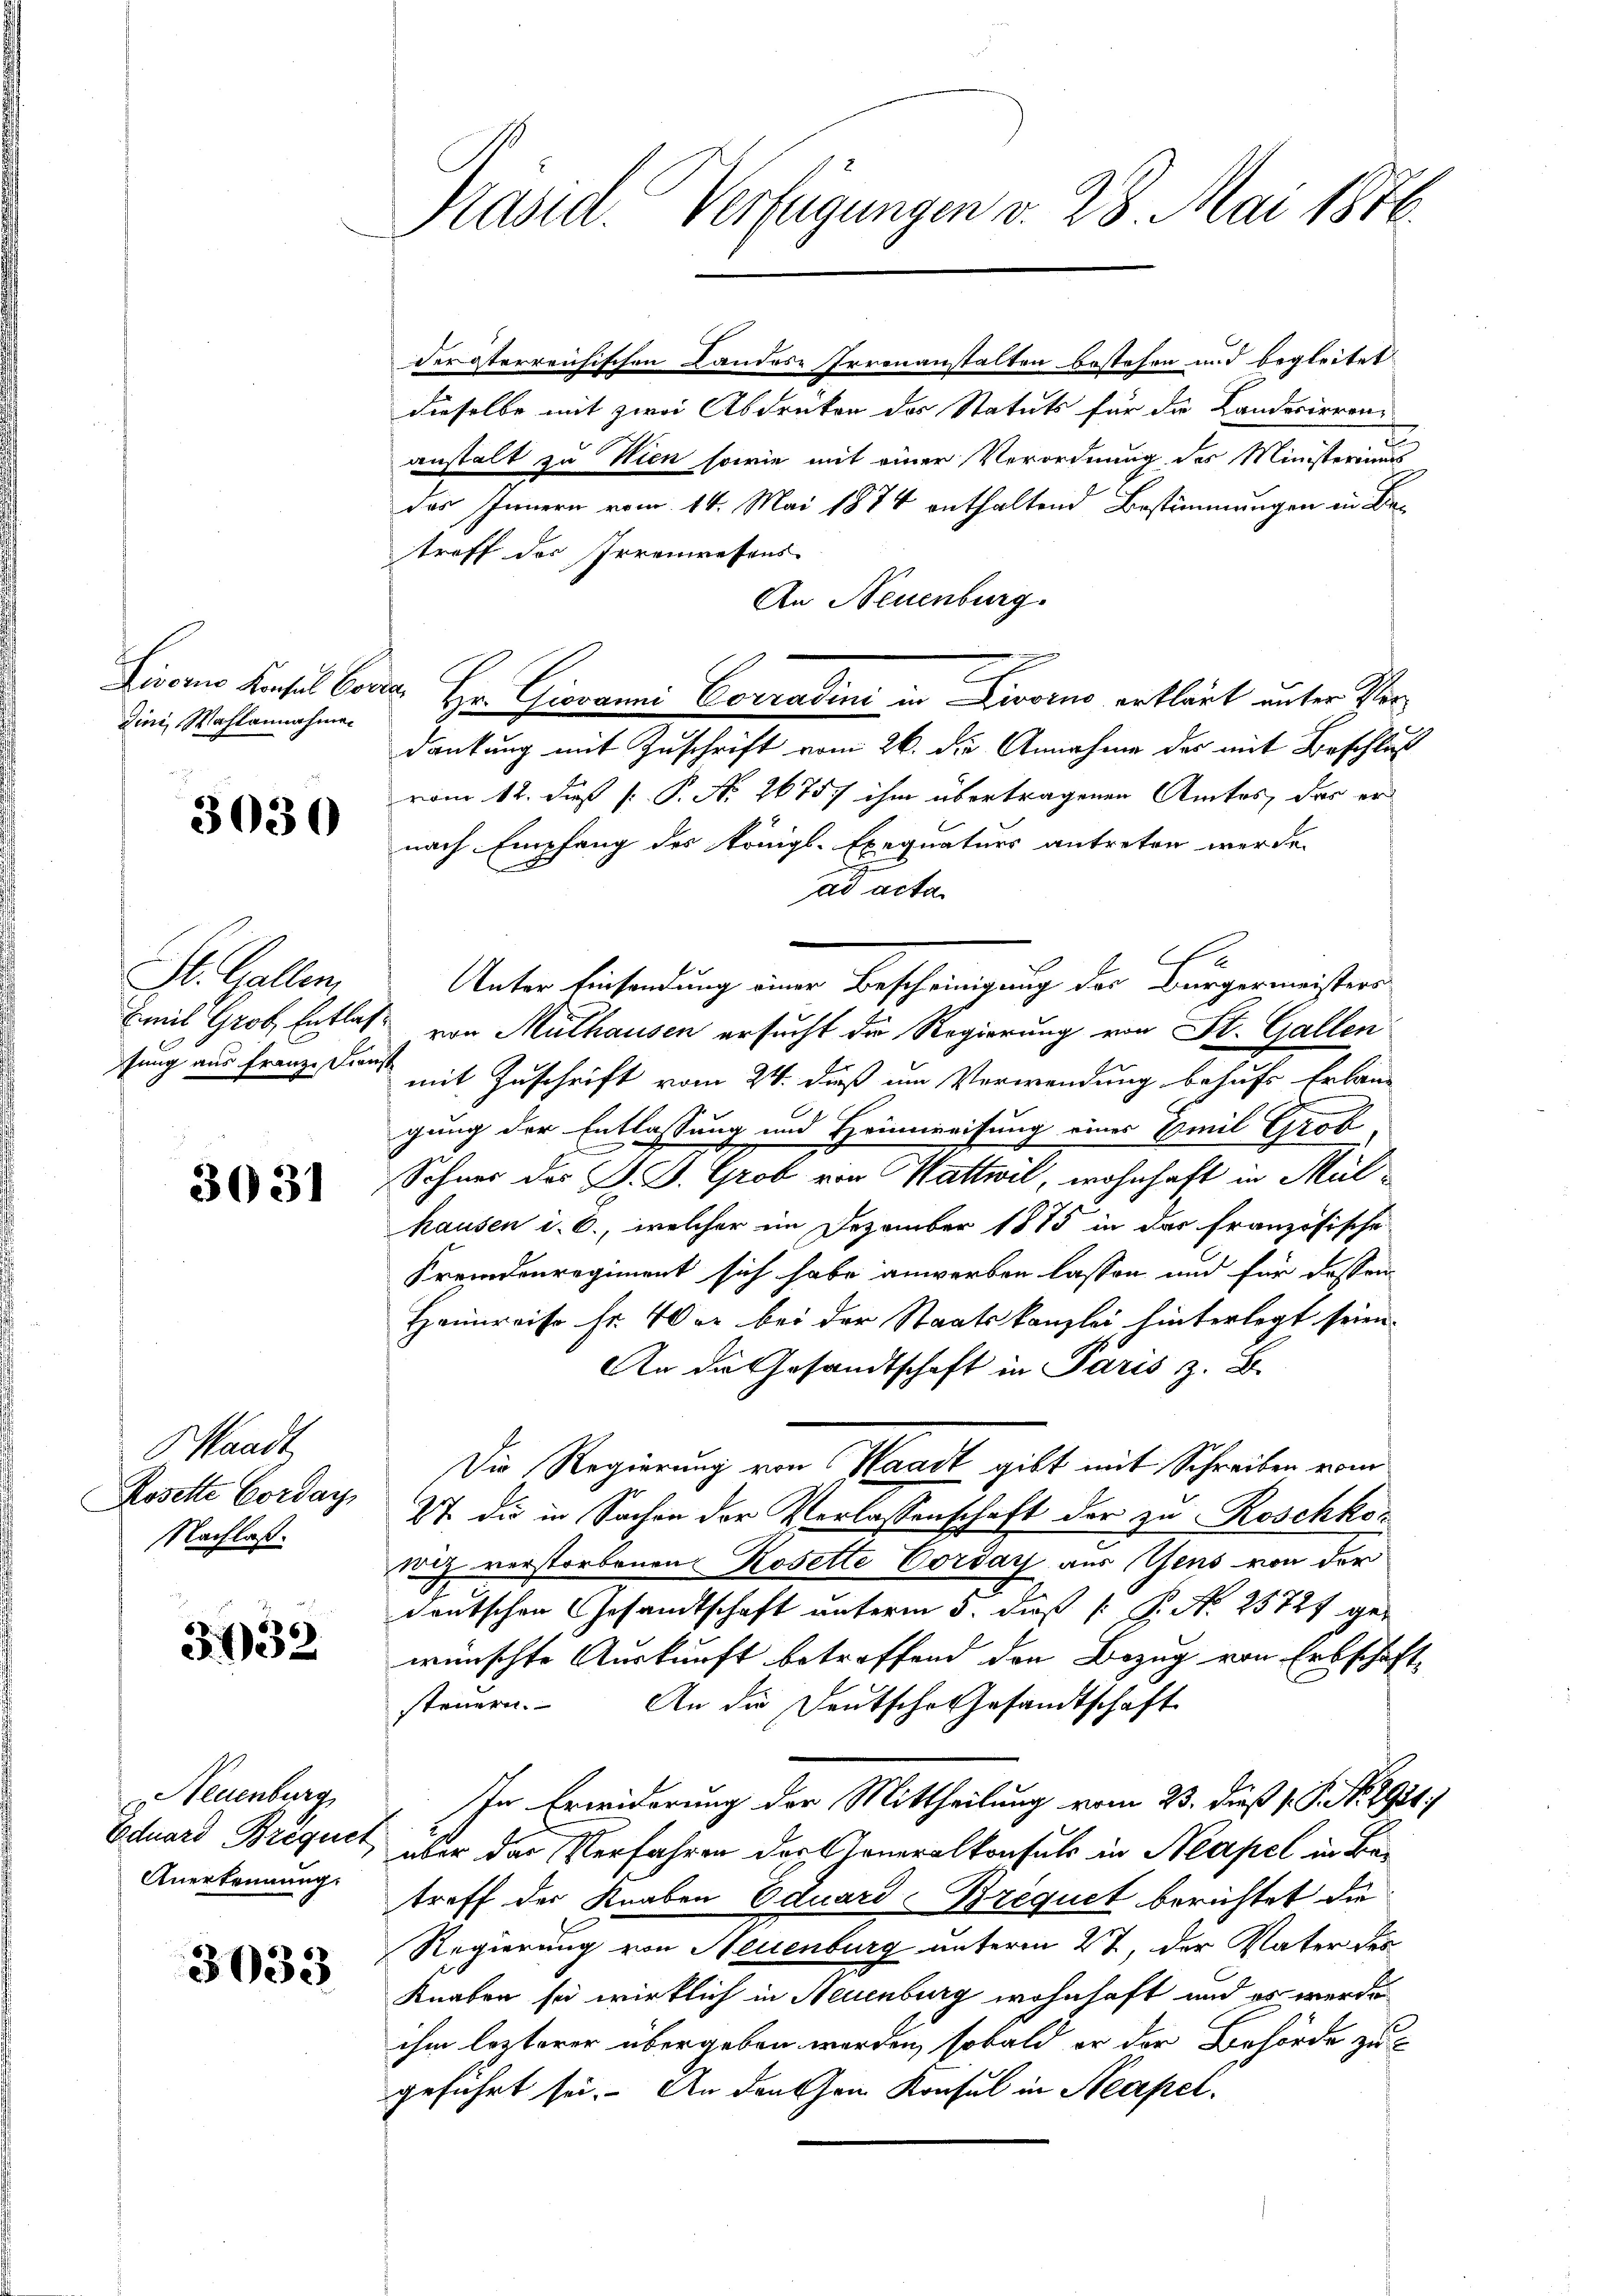
dini, Wahlannahmen

3030

St. Gallen
Emil Grob, Entlag
stung aus Franz Dion-

3031

Waadt.
Rosette Corday
Nachlaß.

3632

Neuenburg
Eduard Brequet
Anerkennung.

3033

Präsid. Verfügungen v. 28. Mai 1886.

der terreichischen Landes-Irrenanstalten bestehen und begleitet
dieselbe mit zwei Abdruken des Statuts für die Landerierenanstalt zu Wien sowie mit einer Verordnung des Ministeriums
das Innern vom 14. Mai 1874 enthaltend Bestimmungen in Betreff des Irrenwesens
An Neuenburg.
dankung mit Zuschrift vom 26. die Annahme des mit Beschluß
vom 12. Fuß [ P. No. 26757 ihm übertragenen Amtes, das er
nach Empfang des königl. Exequaturs antreten werde.
ad acta
Unter Einsendung einer Bescheinigung der Bürgermeisters
 von Mülhausen ersucht die Regierung von St. Gallen
 mit Zuschrift vom 24. dieß um Verwendung behufs Erban-
gung der Entlassung und Heimweisung eines Emil Gro
Schner des J. J. Grob von Wattwil, wohnhaft in Mülhausen i. 6., welcher im Dezember 1875 in der französische
Fremdenregiment sich habe anwerben lassen und für dessen
Heimreise fr. 40 er bei der Staatskanzlei hinterlegt seien.
An die Gesandtschaft in Paris z. B.
Die Regierung von Waadt gibt mit Schreiben vom
27. Die in Sachen der Verlassenschaft der zu Roschkor
wiz verstorbenen Rosette Corday aus Gens von der
deutschen Gesandtschaft unterm 5. daß  P. Nr. 25727 ge-
wünschte Auskunft betreffend den Bezug von Erbschaft
steuern. An die Deutsche Gesandtschaft
In Erwiderung der Mittheilung vom 23. dieß s. S. Nr. 2931.
über der Verfahren der Generalkonsuls in Neapel in Betreff der Knaben Eduard Brequet berichtet die
Regierung von Neuenburg unterm 27. der Vater des
Knaben sei wirklich in Neuenburg wohnhaft und es werde
ihm lezterer übergeben werden, sobald er der Behörde zu
geführt sei. An danchen Konsul in Neapel¬

Hieraus Konsul Braun Hr. Giovanni Conradini in Livorno erklärt unter Ver¬